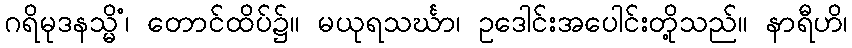
ဂရိမုဒနသ္မိံ၊ တောင်ထိပ်၌။ မယုရသင်္ဃာ၊ ဥဒေါင်းအပေါင်းတို့သည်။ နာရီဟိ၊